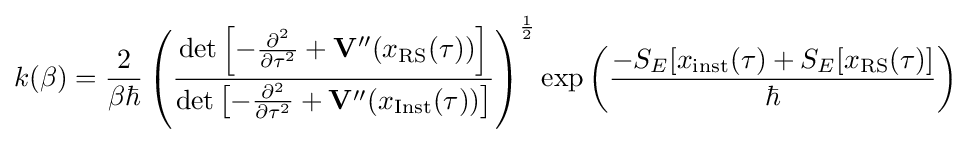
k(\beta )={\frac {2}{\beta \hbar }}\left({\frac {{\text{det}}\left[-{\frac {\partial ^{2}}{\partial \tau ^{2}}}+\mathbf {V} ''(x_{\text{RS}}(\tau ))\right]}{{\text{det}}\left[-{\frac {\partial ^{2}}{\partial \tau ^{2}}}+\mathbf {V} ''(x_{\text{Inst}}(\tau ))\right]}}\right)^{\frac {1}{2}}{\exp \left({\frac {-S_{E}[x_{\text{inst}}(\tau )+S_{E}[x_{\text{RS}}(\tau )]}{\hbar }}\right)}